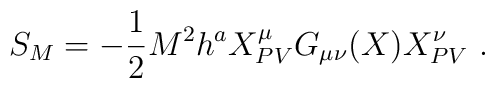
S_M=-\frac{1}{2}M^2h^aX^\mu _{PV}G_{\mu \nu}(X)X^\nu _{PV}\ .